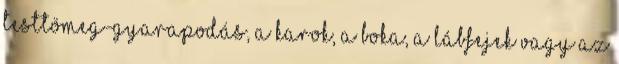
testtömeg-gyarapodás, a karok, a boka, a lábfejek vagy az